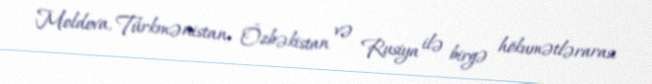
Moldova, Türkmənistan, Özbəkistan və Rusiya ilə birgə hökumətlərarası